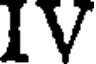
IV